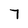
Character: 7